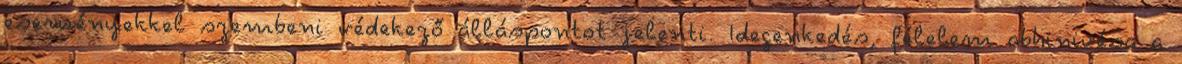
eseményekkel szembeni védekező álláspontot jelenti. Idegenkedés, félelem abhinivésa a